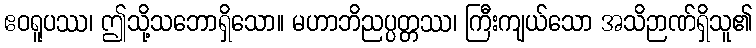
ဧဝရူပဿ၊ ဤသို့သဘောရှိသော။ မဟာဘိညပ္ပတ္တဿ၊ ကြီးကျယ်သော အသိဉာဏ်ရှိသူ၏